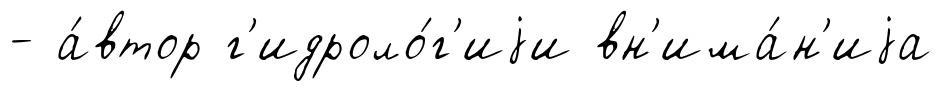
- а́втор г'идроло́г'иjи вн'има́н'иjа